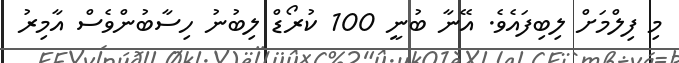
މި ފިލްމަށް ލިބިފައެވެ. އޭނާ ބުނީ 100 ކުރޯޑް ލިބުނު ހިސާބުންވެސް އާމިރު